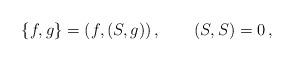
LaTeX: \begin{align*} \{f,g\}=(f,(S,g))\,,\qquad (S,S)=0\,,\end{align*}